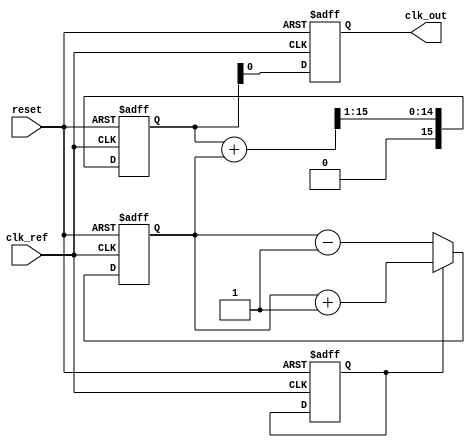
module sigma_delta_pll (
    input wire clk_ref,          // Reference clock input
    input wire reset,           // Reset signal
    output wire clk_out         // VCO output clock
);

// Phase Detector
reg pd_out; // Output of the Phase Detector
always @(posedge clk_ref or posedge reset) begin
    if (reset) begin
        pd_out <= 0;
    end else begin
        // Simple phase detector logic
        // Compare clk_ref with feedback signal (to be implemented)
    end
end

// Charge Pump
reg [7:0] charge_pump_output; // Charge Pump output (8-bit for example)
always @(posedge clk_ref or posedge reset) begin
    if (reset) begin
        charge_pump_output <= 8'h00; // Reset charge pump output
    end else begin
        // Charge pump logic based on pd_out
        if (pd_out) begin
            charge_pump_output <= charge_pump_output + 1; // Charge
        end else begin
            charge_pump_output <= charge_pump_output - 1; // Discharge
        end
    end
end

// Loop Filter (Simple Low-Pass Filter)
reg [15:0] loop_filter_output; // 16-bit output for control voltage
always @(posedge clk_ref or posedge reset) begin
    if (reset) begin
        loop_filter_output <= 16'h0000; // Reset filter output
    end else begin
        loop_filter_output <= (loop_filter_output + charge_pump_output) >> 1; // Simple averaging
    end
end

// Voltage-Controlled Oscillator (VCO)
reg [7:0] vco_output; // 8-bit VCO output (frequency)
always @(posedge clk_ref or posedge reset) begin
    if (reset) begin
        vco_output <= 8'h00; // Initial VCO output
    end else begin
        // VCO behavior based on the control voltage
        vco_output <= loop_filter_output[7:0]; // Example scaling
    end
end

// Feedback divider (example: divide by 2)
wire feedback_signal = vco_output[0]; // Simple feedback for demonstration

// Sigma-Delta Modulator (Simplified)
reg sd_output; // Output of the Sigma-Delta Modulator
always @(posedge clk_ref or posedge reset) begin
    if (reset) begin
        sd_output <= 0;
    end else begin
        // Simple Sigma-Delta logic (to be implemented)
        sd_output <= (charge_pump_output > 8'h80) ? 1'b1 : 1'b0; // Example decision
    end
end

// Output buffer (driving the output clock)
assign clk_out = vco_output[0]; // Output the least significant bit as the output clock

endmodule